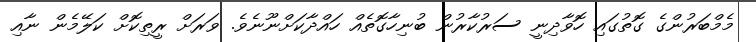
މެމްބަރުންގެ ގޮތުގައި ހޮވާދިނީ ސަރުކާރުން ބުނިހާގޮތެއް ހައްދާކަށްނޫނެވެ. ވަރަށް ރީތިކޮށް ކަލޭމެން ނާއި